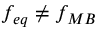
f _ { e q } \neq f _ { M B }